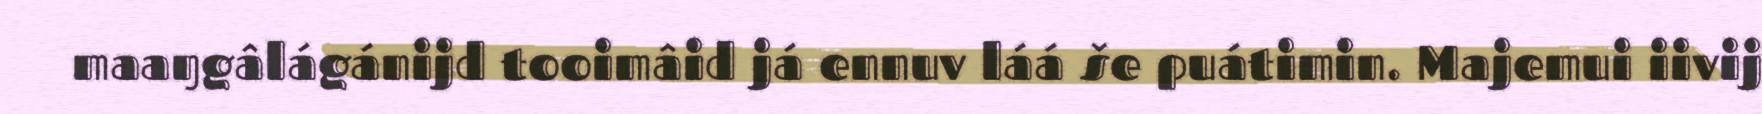
maaŋgâlágánijd tooimâid já ennuv láá še puátimin. Majemui iivij